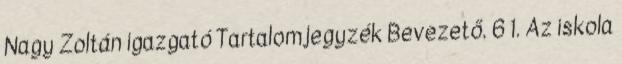
Nagy Zoltán igazgató Tartalomjegyzék Bevezető. 6 1. Az iskola